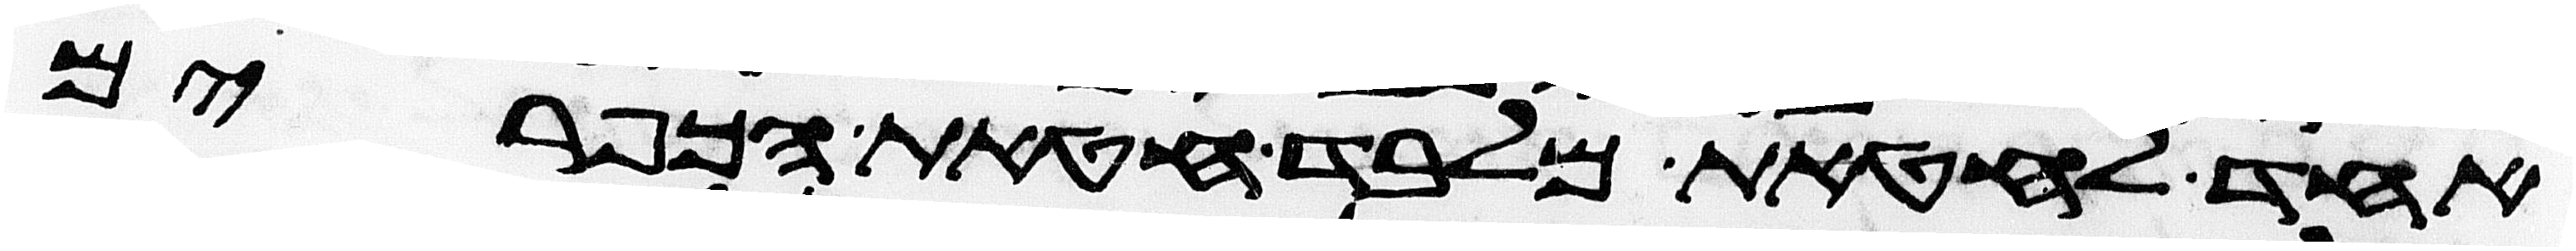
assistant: אחד לחטאת מלבד חטאת הכפורים